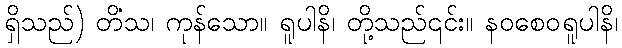
ရှိသည်) တိံသ၊ ကုန်သော။ ရူပါနိ၊ တို့သည်၎င်း။ နဝစေဝရူပါနိ၊